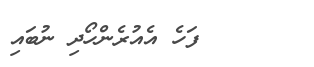
ފަހެ އެއުރެންހޯދި ނުބައި